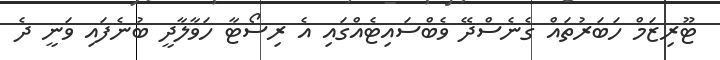
ޓޫރިޒަމް ހަބަރުތައް ގެނެސްދޭ ވެބްސައިޓެއްގައި އެ ރިސޯޓާ ހަވާލާދީ ބުނެފައި ވަނީ ދެ